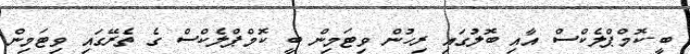
ބީ-ކޮމްޕްލެކްސް އާއި ބޮލުގައި ރިހުން ވިޓަމިން ބީ ކޮމްޕްލެކްސް ގެ ތެރޭގައި ވިޓަމިން